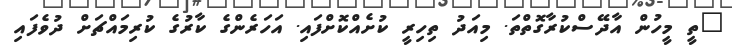
"ތީ މީހުން އާދޭސްކުރާގޮތްތަ. މިއަދު ތިހިރީ ކުށެއްކޮށްފައި. އަހަރެންގެ ކާރުގެ ކުރިމައްޗަށް ދުވެފައި